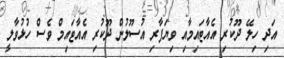
އަދި ހިލޭ ދޫކުރި އެއާޓައިމާއި ވިޔަފާރި އުސޫލުން ދޫކުރި އެއާޓައިމް ވެސް ހުޅުވާލީ